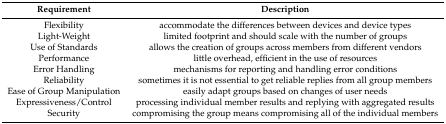
| Requirement | Description |
 | --- | --- |
 | Flexibility | accommodate the differences between devices and device types |
 | Light-Weight | limited footprint and should scale with the number of groups |
 | Use of Standards | allows the creation of groups across members from different vendors |
 | Performance | little overhead, efficient in the use of resources |
 | Error Handling | mechanisms for reporting and handling error conditions |
 | Reliability | sometimes it is not essential to get reliable replies from all group members |
 | Ease of Group Manipulation | easily adapt groups based on changes of user needs |
 | Expressiveness/Control | processing individual member results and replying with aggregated results |
 | Security | compromising the group means compromising all of the individual members |